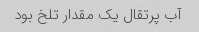
آب پرتقال یک مقدار تلخ بود